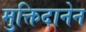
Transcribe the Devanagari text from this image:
मुक्तिदानेन